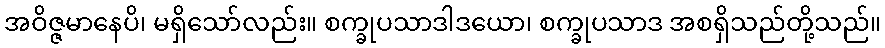
အဝိဇ္ဇမာနေပိ၊ မရှိသော်လည်း။ စက္ခုပသာဒါဒယော၊ စက္ခုပသာဒ အစရှိသည်တို့သည်။